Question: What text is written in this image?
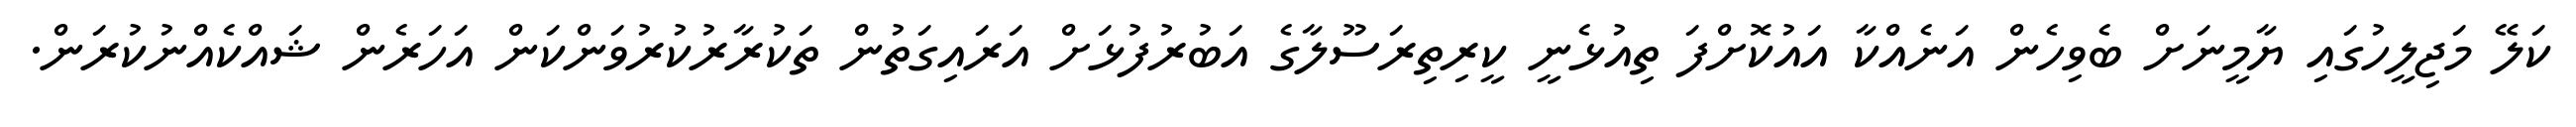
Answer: ކަލޭ މަޖިލީހުގައި ޔާމީނަށް ބެވިހެން އަނެއްކާ އައުކޮށްފަ ތިއުޅެނީ ކީރިތިރަސޫލާގެ އަބުރުފުޅަށް އަރައިގަތުން ތަކުރާރުކުރުވަންކަން އަހަރެން ޝައްކެއްނުކުރަން.